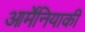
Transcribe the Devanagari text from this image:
आर्मेनियाकी